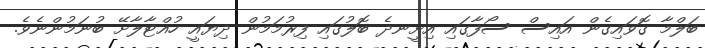
ބަލްމާ ގޮވައިގެން އައިސް ސޯފާގައި އިށީނދެ ބޮލުގައި ފިރުމަމުން ދިޔައީ ހުއްޓާލާށޭ ބުނަމުންނެވެ.